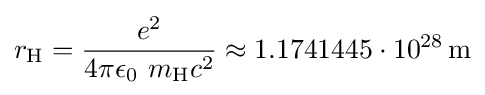
r_{\text{H}}={\frac {e^{2}}{4\pi \epsilon _{0}\ m_{\text{H}}c^{2}}}\approx 1.1741445\cdot 10^{28}\,\mathrm {m}